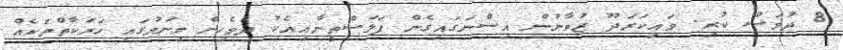
8 ދުވަސް ކުރި. ވައިކަރަދޫ ޒުވާނުން އިސްނަގައިގެން ފަލަސްތީނާއިއެކު ދިވެހިން މިނަމުގައި ހަރަކާތްތަކެއް